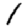
Digit: 1